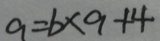
9 = b \times 9 + 4